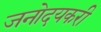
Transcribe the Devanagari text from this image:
जनोदयकरी